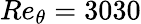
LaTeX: Re_{\theta}=3030